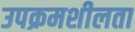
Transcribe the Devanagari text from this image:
उपक्रमशीलता